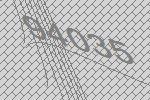
94035